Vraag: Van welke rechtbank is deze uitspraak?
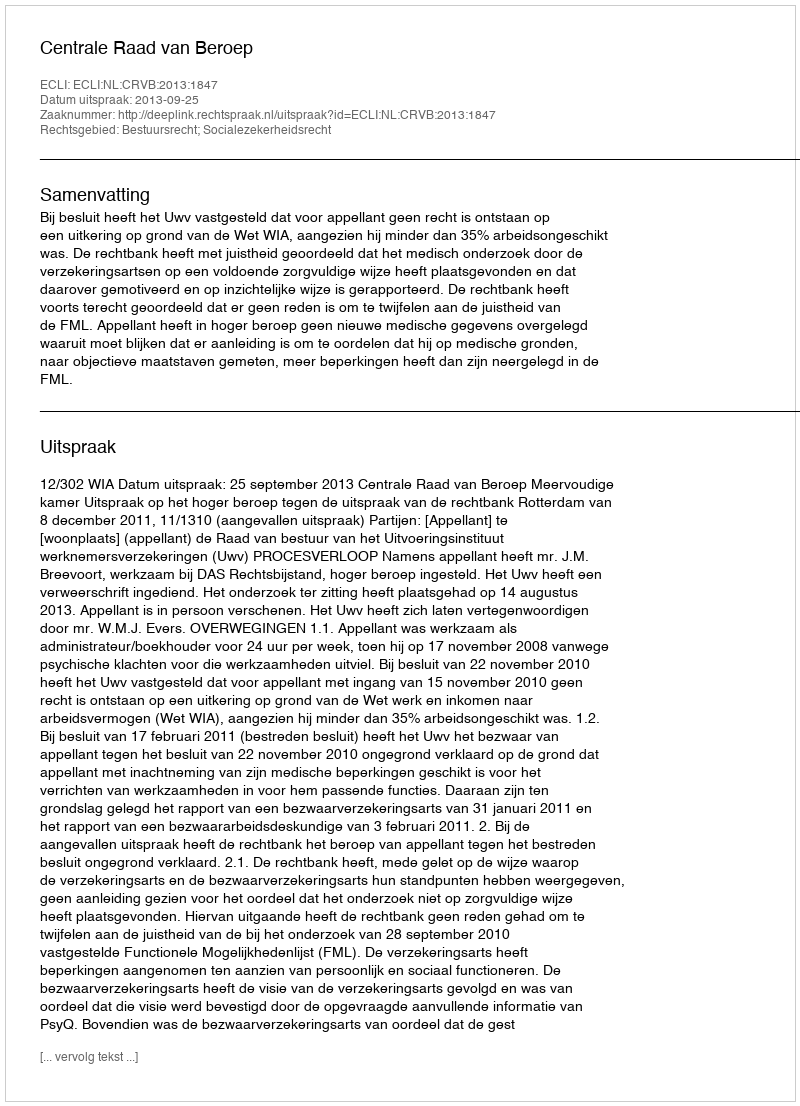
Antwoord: Centrale Raad van Beroep